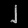
Digit: ၂